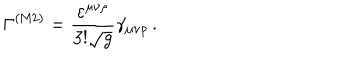
\Gamma ^ { ( \mathrm { M 2 } ) } = \frac { \varepsilon ^ { \mu \nu \rho } } { 3 ! \sqrt g } \gamma _ { \mu \nu \rho } \, .